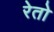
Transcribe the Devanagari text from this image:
रेतो